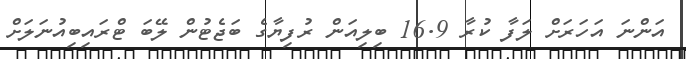
އަންނަ އަހަރަށް ލަފާ ކުރާ 16.9 ބިލިއަން ރުފިޔާގެ ބަޖެޓުން ލޭބަ ޓްރައިބިއުނަލަށް